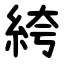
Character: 絝